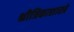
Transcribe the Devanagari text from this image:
श्रीत्रिकाशास्त्रे